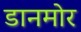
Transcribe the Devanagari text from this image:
डानमोर